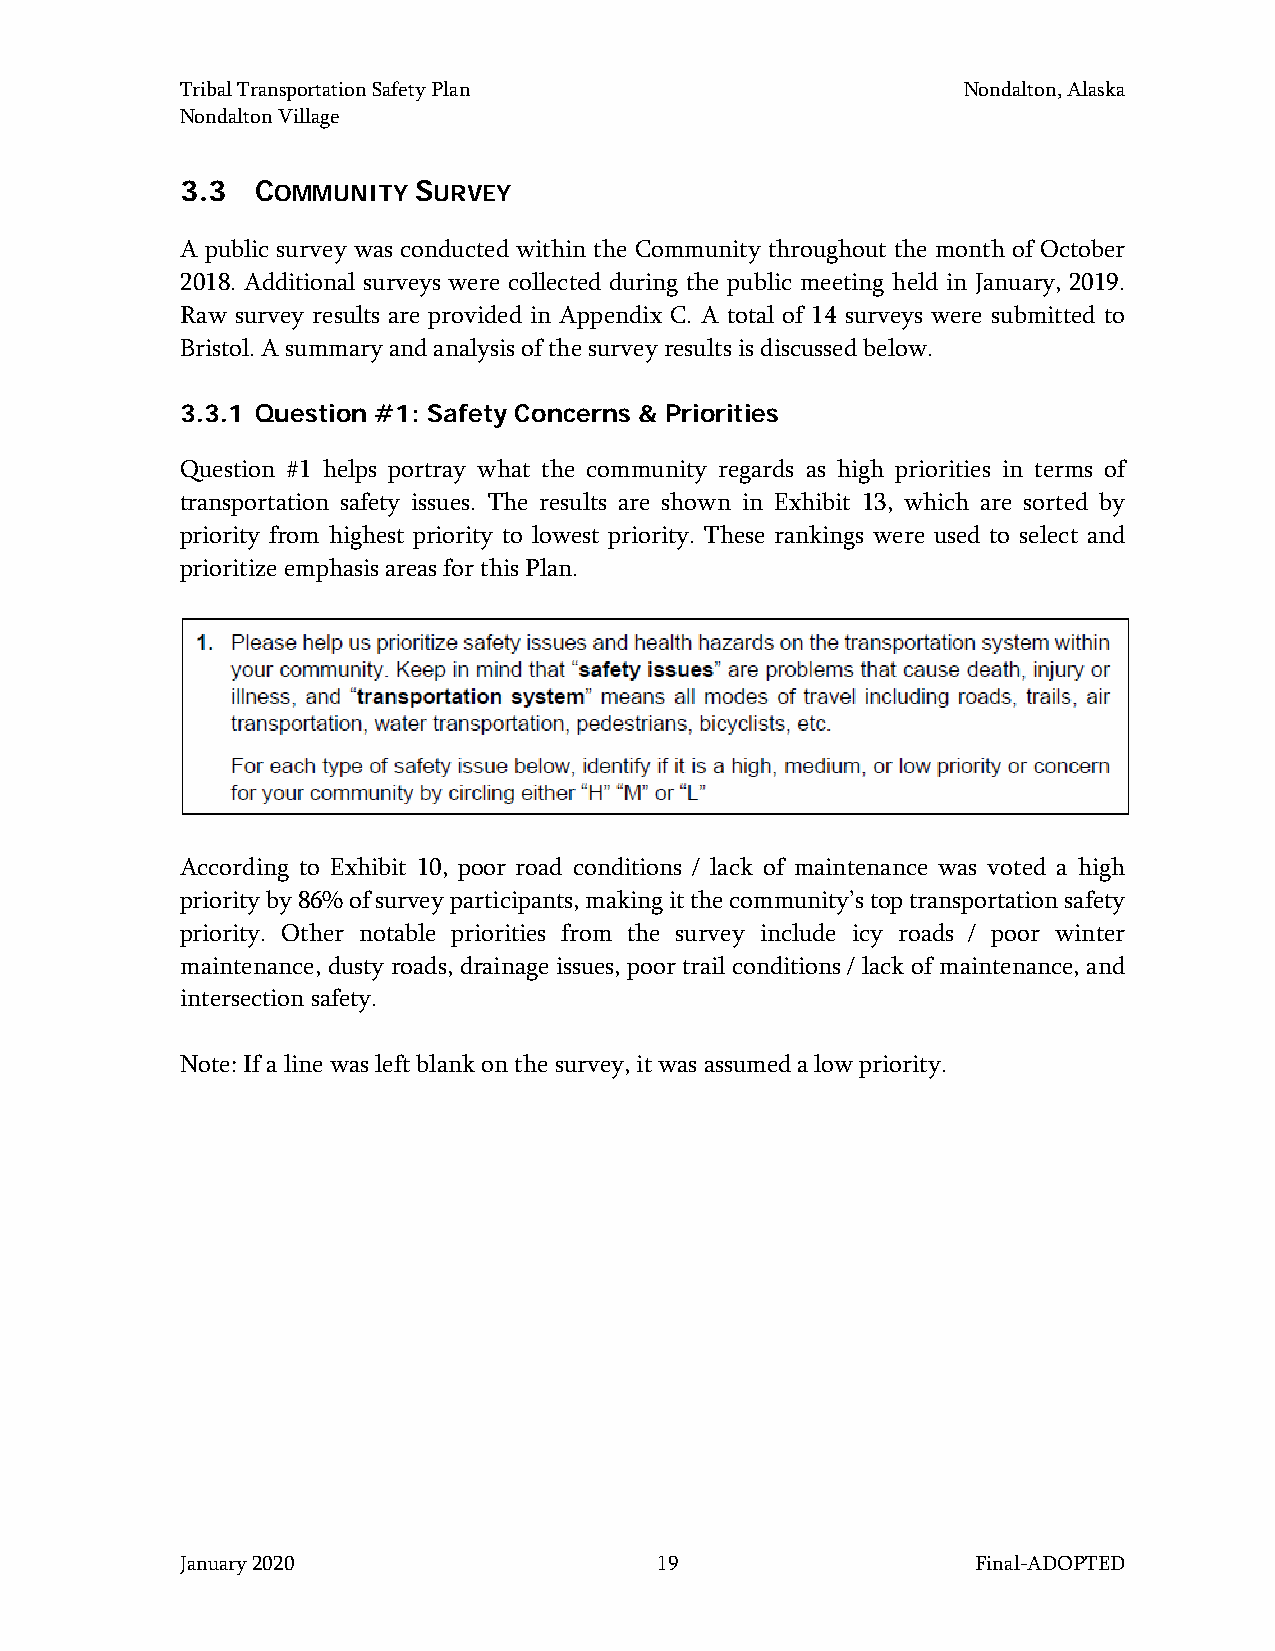
Tribal Transportation Safety Plan                   Nondalton, Alaska
 Nondalton Village
 3.3  COMMUNITY SURVEY
 A public survey was conducted within the Community throughout the month of October
 2018. Additional surveys were collected during the public meeting held in January, 2019.
 Raw survey results are provided in Appendix C. A total of 14 surveys were submitted to
 Bristol. A summary and analysis of the survey results is discussed below.
 3.3.1 Question #1: Safety Concerns & Priorities
 Question #1 helps portray what the community regards as high priorities in terms of
 transportation safety issues. The results are shown in Exhibit 13, which are sorted by
 priority from highest priority to lowest priority. These rankings were used to select and
 prioritize emphasis areas for this Plan.
 According to Exhibit 10, poor road conditions / lack of maintenance was voted a high
 priority by 86% of survey participants, making it the community’s top transportation safety
 priority. Other notable priorities from the survey include icy roads / poor winter
 maintenance, dusty roads, drainage issues, poor trail conditions / lack of maintenance, and
 intersection safety.
 Note: If a line was left blank on the survey, it was assumed a low priority.
 January 2020                    19                   Final-ADOPTED